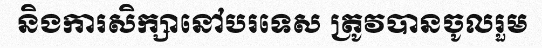
និងការសិក្សានៅបរទេស ត្រូវបានចូលរួម